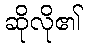
ဆိုလို၏